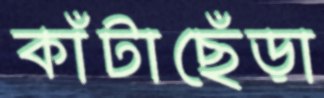
কাঁটাছেঁড়া